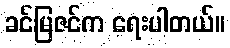
ခင်မြဇင်က ရေးပါတယ်။